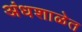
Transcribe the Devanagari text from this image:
अंधशाळेत